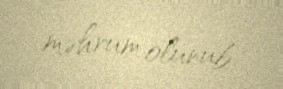
məhrum olunub.